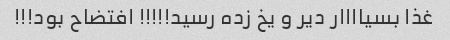
غذا بسیاااار دیر و یخ زده رسید!!!!! افتضاح بود!!!